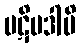
ပဋိပဒါပိ